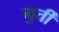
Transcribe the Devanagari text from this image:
मुर्तीं